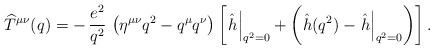
LaTeX: \begin{align*}\widehat T^{\mu\nu}(q) =-\,{e^2 \over q^2}\,\left(\eta^{\mu\nu}q^2 -q^{\mu}q^{\nu}\right)\left[ \left. \hat h\right|_{q^2 = 0} + \left(\hat h(q^2) -\left. \hat h\right|_{q^2 = 0}\right)\right].\end{align*}